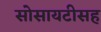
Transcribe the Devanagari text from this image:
सोसायटीसह